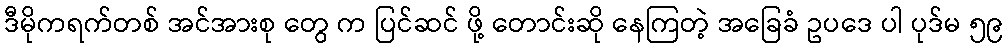
ဒီမိုကရက်တစ် အင်အားစု တွေ က ပြင်ဆင် ဖို့ တောင်းဆို နေကြတဲ့ အခြေခံ ဥပဒေ ပါ ပုဒ်မ ၅၉